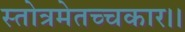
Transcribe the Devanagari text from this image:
स्तोत्रमेतच्चकार।।